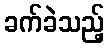
ခက်ခဲသည့်